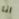
انا